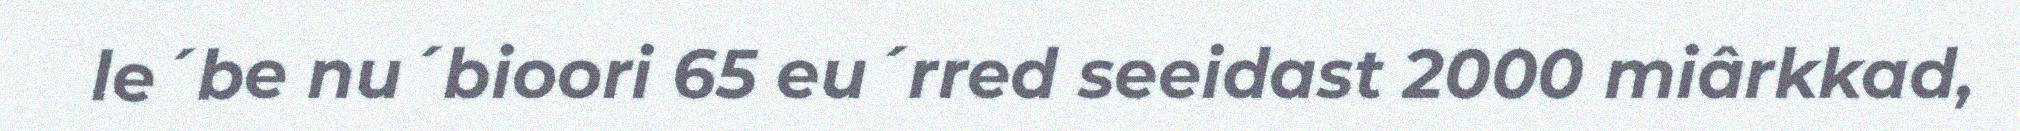
le´be nu´bioori 65 eu´rred seeidast 2000 miârkkad,